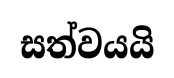
සත්වයයි